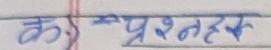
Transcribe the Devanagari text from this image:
के प्रश्न हक